Proceedings of the meeting of veterinary officers in India
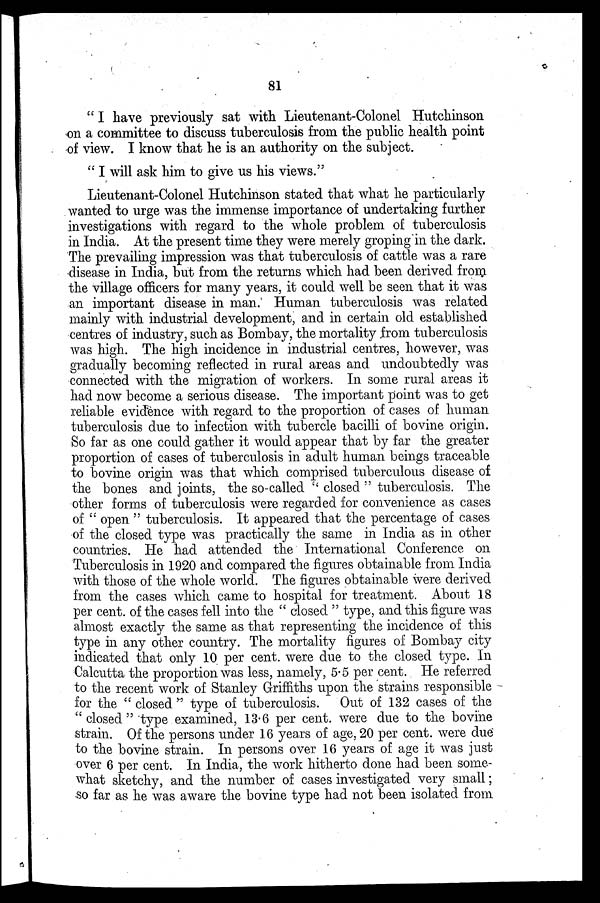
81
" I have previously sat with Lieutenant-Colonel Hutchinson
on a committee to discuss tuberculosis from the public health point
of view. I know that he is an authority on the subject.
" I will ask him to give us his views."
Lieutenant-Colonel Hutchinson stated that what he particularly
wanted to urge was the immense importance of undertaking further
investigations with regard to the whole problem of tuberculosis
in India. At the present time they were merely groping in the dark.
The prevailing impression was that tuberculosis of cattle was a rare
disease in India, but from the returns which had been derived from
the village officers for many years, it could well be seen that it was
an important disease in man. Human tuberculosis was related
mainly with industrial development, and in certain old established
centres of industry, such as Bombay, the mortality from tuberculosis
was high. The high incidence in industrial centres, however, was
gradually becoming reflected in rural areas and undoubtedly was
connected with the migration of workers. In some rural areas it
had now become a serious disease. The important point was to get
reliable evidence with regard to the proportion of cases of human
tuberculosis due to infection with tubercle bacilli of bovine origin.
So far as one could gather it would appear that by far the greater
proportion of cases of tuberculosis in adult human beings traceable
to bovine origin was that which comprised tuberculous disease of
the bones and joints, the so-called " closed " tuberculosis. The
other forms of tuberculosis were regarded for convenience as cases
of " open " tuberculosis. It appeared that the percentage of cases
of the closed type was practically the same in India as in other
countries. He had attended the International Conference on
Tuberculosis in 1920 and compared the figures obtainable from India
with those of the whole world. The figures obtainable were derived
from the cases which came to hospital for treatment. About 18
per cent. of the cases fell into the " closed " type, and this figure was
almost exactly the same as that representing the incidence of this
type in any other country. The mortality figures of Bombay city
indicated that only 10 per cent. were due to the closed type. In
Calcutta the proportion was less, namely, 5.5 per cent. He referred
to the recent work of Stanley Griffiths upon the strains responsible
for the " closed " type of tuberculosis. Out of 132 cases of the
"closed" type examined, 13.6 per cent. were due to the bovine
strain. Of the persons under 16 years of age, 20 per cent. were due
to the bovine strain. In persons over 16 years of age it was just
over 6 per cent. In India, the work hitherto done had been some-
what sketchy, and the number of cases investigated very small;
so far as he was aware the bovine type had not been isolated from